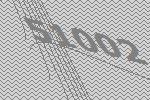
51002